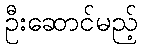
ဦးဆောင်မည့်